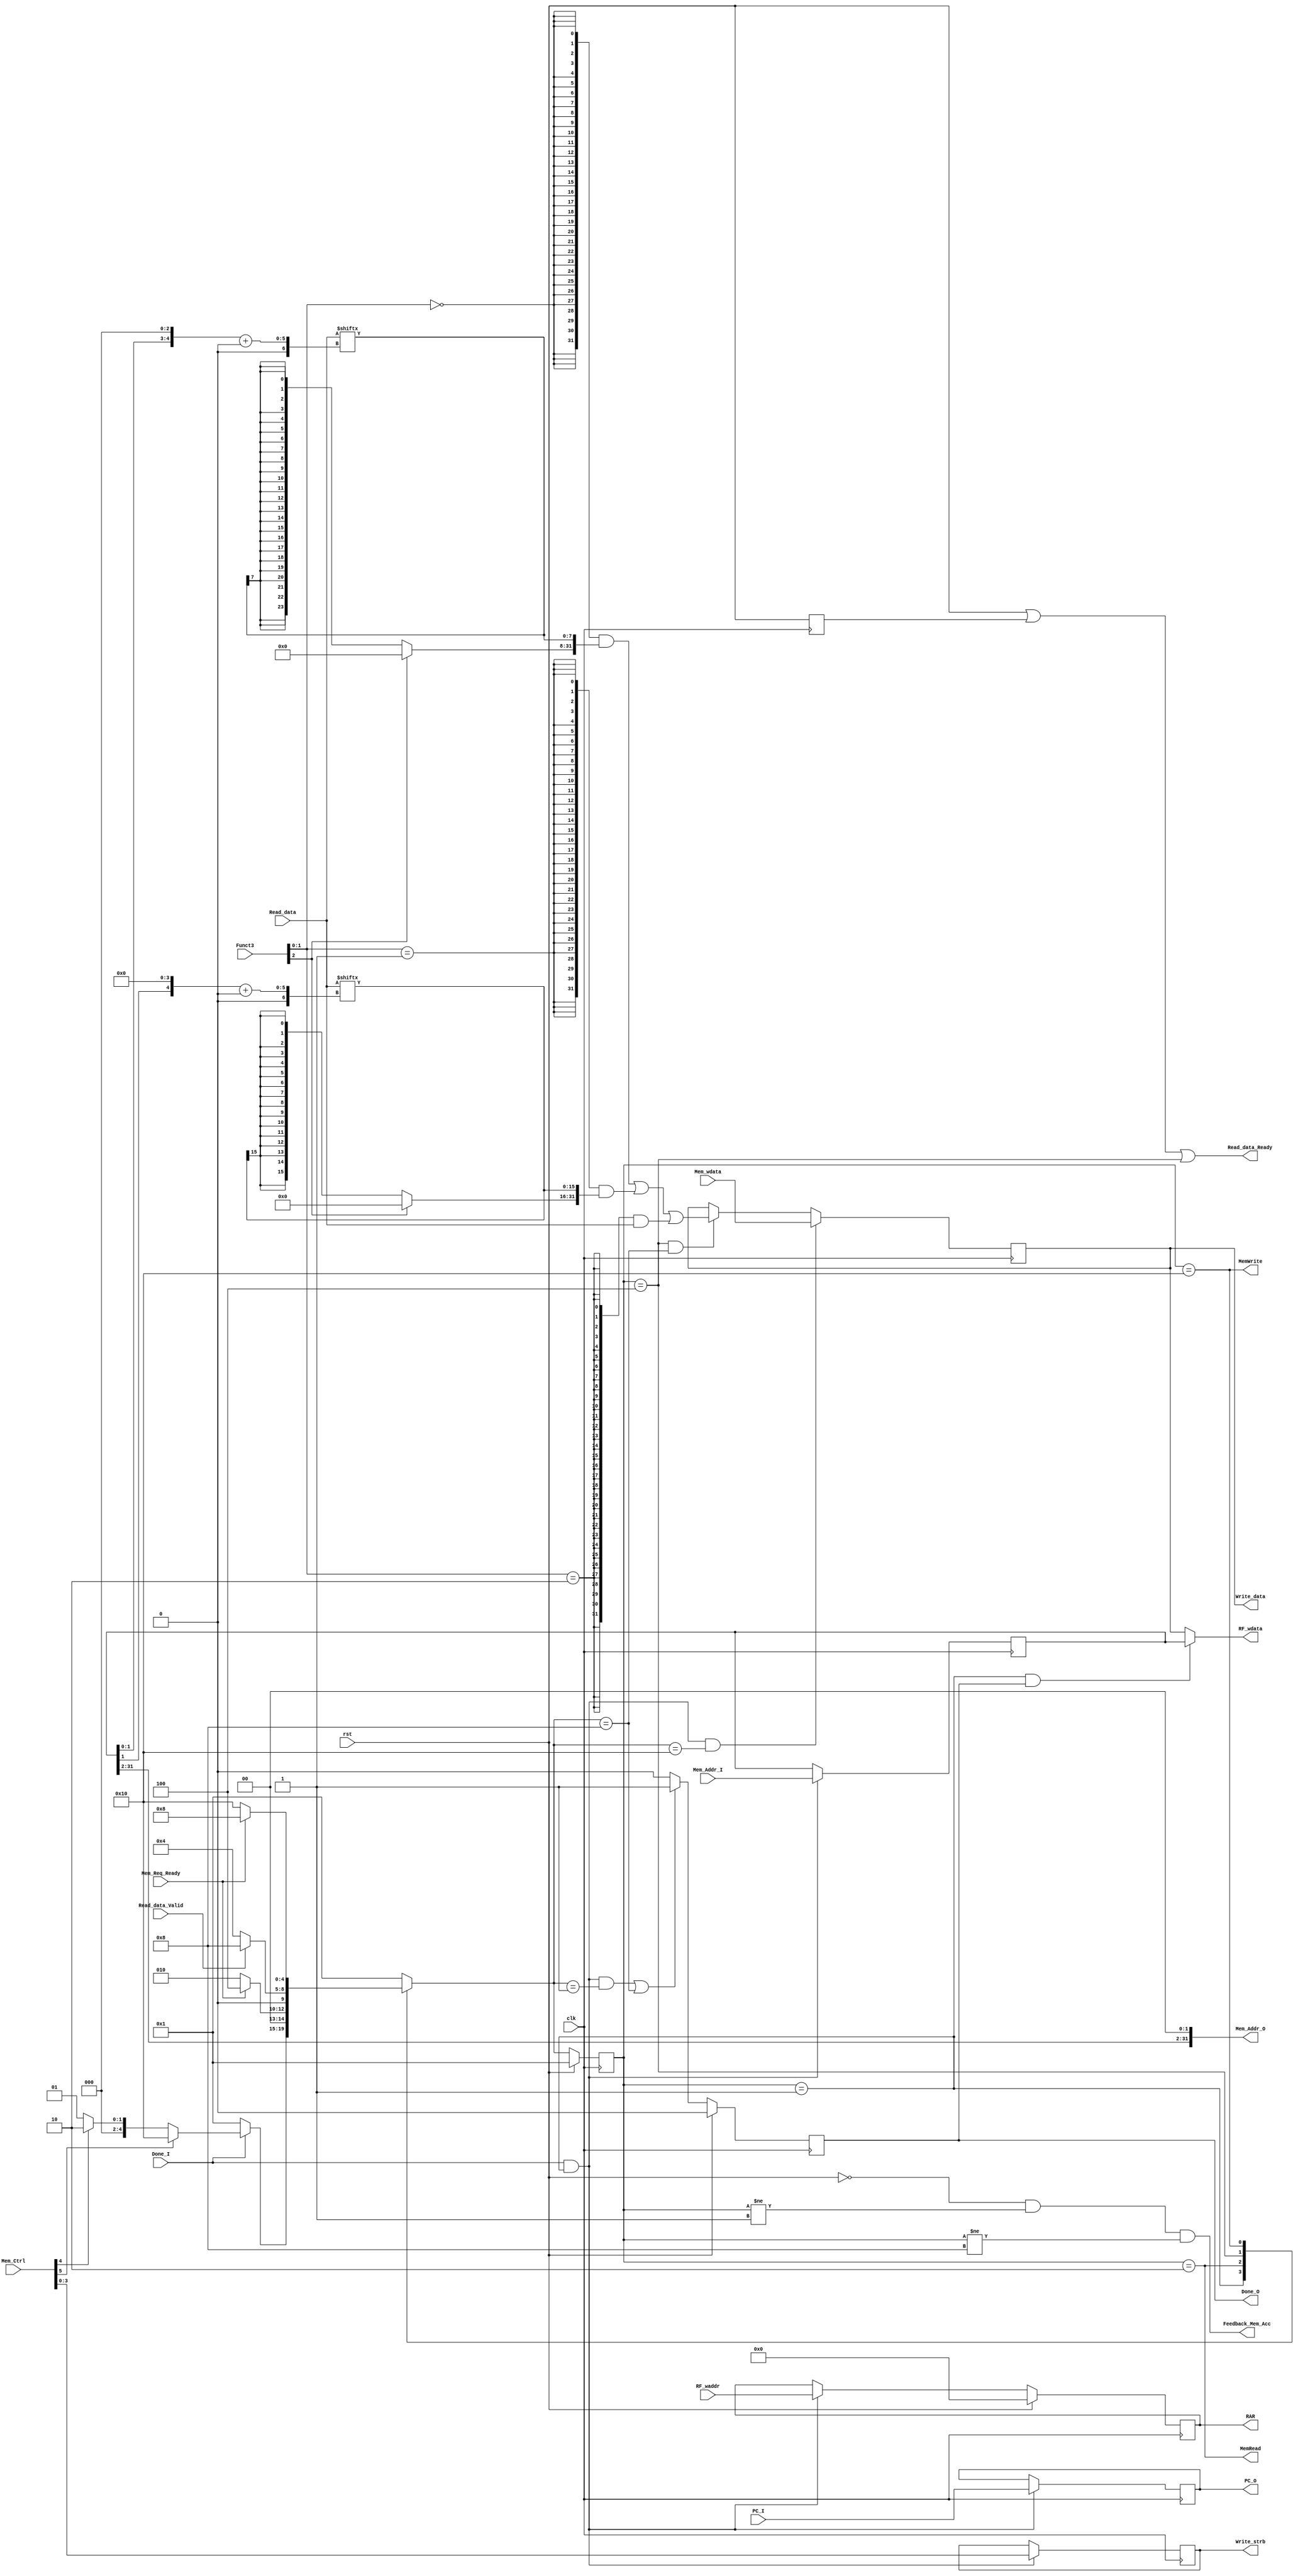
`timescale 10ns / 1ns

/* Memory access stage */
module stage_MA(
	input clk,
	input rst,

	/* Connect to last stage */
	input [31:0] PC_I,
	input Done_I,
	/* Memory control:
	MemR, MemW and Write_strb */
	input [5:0] Mem_Ctrl,
	/* Mem write data */
	input [31:0] Mem_wdata,
	/* ALU, SFT result, also holds
	Mem write address */
	input [31:0] Mem_Addr_I,
	/* Regfile write address */
	input [4:0] RF_waddr,
	/* Funct3 */
	input [2:0] Funct3,

	/* Memory request channel */
	output [31:0] Mem_Addr_O,
	output MemWrite,
	output [31:0] Write_data,
	output [3:0] Write_strb,
	output MemRead,
	input Mem_Req_Ready,

	/* Memory data response channel */
	input [31:0] Read_data,
	input Read_data_Valid,
	output Read_data_Ready,

	/* Connect to next stage */
	output reg [31:0] PC_O,
	output reg Done_O,
	/* Regfile write data:
	also used to deal with RAW */
	output wire [31:0] RF_wdata,
	/* Regfile write address */
	output reg [4:0] RAR,

	/* Feedback */
	output wire Feedback_Mem_Acc
);

	localparam s_WT = 5'b00001,
		s_LD = 5'b00010, s_RDW = 5'b00100,
		s_DN = 5'b01000, s_ST = 5'b10000;

	reg [4:0] current_state, next_state;

	reg [31:0] MAR, MDR;
	/* Write strb reg */
	reg [3:0] WSR;
	/* Funct3 */
	reg [2:0] F3R;

	wire [7:0] LoadB;
	wire [15:0] LoadH;

	/* Serve as a flag of virtual initial state */
	reg IFR;

	/* FSM 1 */
	always @ (posedge clk) begin
		if (rst)
			current_state <= s_WT;
		else
			current_state <= next_state;
	end

	/* FSM 2 */
	always @ (*) begin
		case (current_state)
		s_WT:
			if (Done_I == 0)
				next_state = s_WT;
			else if (Mem_Ctrl[5])
				/* MemWrite */
				next_state = s_ST;
			else if (Mem_Ctrl[4])
				/* MemRead */
				next_state = s_LD;
			else	/* Not memory access */
				next_state = s_WT;
		s_LD:
			if (Mem_Req_Ready)
				next_state = s_RDW;
			else
				next_state = s_LD;
		s_RDW:
			if (Read_data_Valid)
				next_state = s_DN;
			else
				next_state = s_RDW;
		s_ST:
			if (Mem_Req_Ready)
				next_state = s_DN;
			else
				next_state = s_ST;
		default:	/* s_DN */
			next_state = s_WT;
		endcase
	end

	/* PC_O */
	always @ (posedge clk) begin
		if (Done_I && current_state == s_WT)
			PC_O <= PC_I;
	end

	/* WSR */
	always @ (posedge clk) begin
		if (Done_I && current_state == s_WT)
			WSR <= Mem_Ctrl[3:0];
	end

	/* MDR */
	always @ (posedge clk) begin
		if (Done_I && current_state == s_WT && next_state == s_ST)
			/* For Store instruction */
			MDR <= Mem_wdata;
		else if (current_state == s_RDW && next_state == s_DN)
			/* For Load instruction */
			MDR <= (
				{32{Funct3[1:0] == 2'b00}} &
					{ (Funct3[2] ? 24'd0 : {24{LoadB[7]}}),LoadB } |
				/* [LBU], [LB] */
				{32{Funct3[1:0] == 2'b01}} &
					{ (Funct3[2] ? 16'd0 : {24{LoadH[15]}}),LoadH } |
				/* [LHU], [LH] */
				{32{Funct3[1:0] == 2'b10}} & Read_data
				/* [LW] */
			);
	end

	assign LoadB = Read_data[{ MAR[1:0],3'd0 } +: 8],
		LoadH = Read_data[{ MAR[1],4'd0 } +: 16];

	/* MAR */
	always @ (posedge clk) begin
		if (Done_I && current_state == s_WT)
			MAR <= Mem_Addr_I;
	end

	assign RF_wdata = (
		(current_state == s_WT && Done_O) ? MAR : MDR
		/* MAR for not memory access instruction
		MDR for Load instruction */
	);

	/* RAR */
	always @ (posedge clk) begin
		if (rst)
			RAR <= 5'd0;
		else if (Done_I && current_state == s_WT)
			RAR <= RF_waddr;
	end

	/* F3R */
	always @ (posedge clk) begin
		if (Done_I && current_state == s_WT)
			F3R <= Funct3;
	end

	/* Done_O */
	always @ (posedge clk) begin
		if (rst)
			Done_O <= 0;
		else if (current_state == s_WT && Done_I && next_state == s_WT ||
			/* Not memory access */
			next_state == s_DN)
			/* Memory access finished */
			Done_O <= 1;
		else
			Done_O <= 0;
	end

	assign Feedback_Mem_Acc = (
		(rst != 1) &&
		(current_state != s_WT) &&
		(current_state != s_DN)
	);

	assign Mem_Addr_O = { MAR[31:2],2'd0 };
	
	assign MemWrite = (current_state == s_ST),
		MemRead = (current_state == s_LD);

	assign Write_data = MDR,
		Write_strb = WSR;

	assign Read_data_Ready = (
		rst || IFR || (current_state == s_RDW)
	);
	
	/* IFR */
	always @ (posedge clk) begin
		IFR <= rst;
		/* To yield a virtual initial state */
	end

endmodule